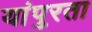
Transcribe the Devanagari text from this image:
यांपुरता